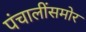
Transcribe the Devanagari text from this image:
पंचालींसमोर